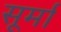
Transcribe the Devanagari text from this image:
सूर्मा